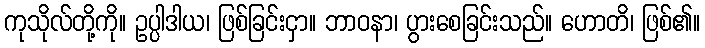
ကုသိုလ်တို့ကို။ ဥပ္ပါဒါယ၊ ဖြစ်ခြင်းငှာ။ ဘာဝနာ၊ ပွားစေခြင်းသည်။ ဟောတိ၊ ဖြစ်၏။